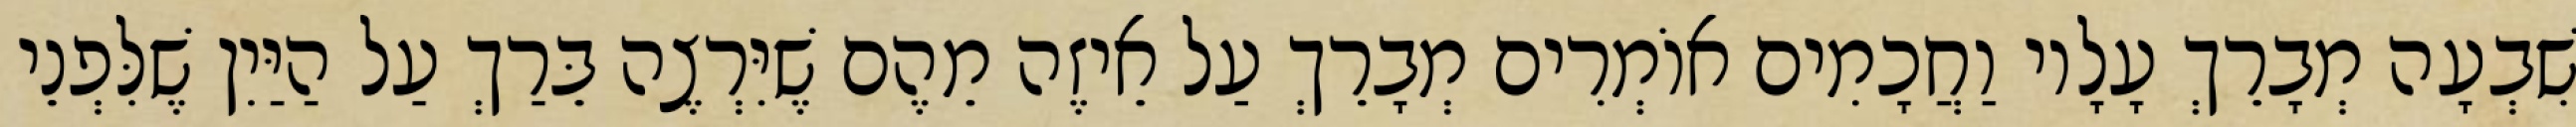
שִׁבְעָה מְבָרֵךְ עָלָיו וַחֲכָמִים אוֹמְרִים מְבָרֵךְ עַל אֵיזֶה מֵהֶם שֶׁיִּרְצֶה בֵּרַךְ עַל הַיַּיִן שֶׁלִּפְנֵי